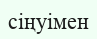
сіңуімен